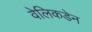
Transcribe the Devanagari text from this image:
वेलिकडेन